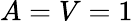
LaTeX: A=V=1